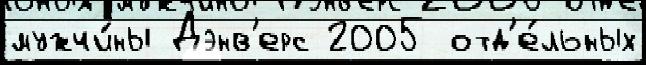
мужчи́ны Дэнв'ерс 2005 отд'е́льных